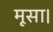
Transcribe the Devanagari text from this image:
मूसा।